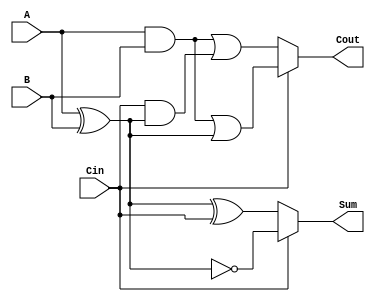
module ConditionalSumFullAdder (
    input wire A,      // First binary input
    input wire B,      // Second binary input
    input wire Cin,    // Carry input from the previous stage
    output wire Sum,   // Sum output
    output wire Cout   // Carry output for the next stage
);

    // Intermediate signals for the two potential sums and carry outputs
    wire Sum0, Sum1;
    wire Cout0, Cout1;

    // Calculate Sum0 and Cout0 assuming no carry from previous addition
    assign Sum0 = A ^ B ^ Cin; // Sum0 = A XOR B XOR Cin
    assign Cout0 = (A & B) | (Cin & (A ^ B)); // Cout0 = (A AND B) OR (Cin AND (A XOR B))

    // Calculate Sum1 and Cout1 assuming carry from previous addition
    assign Sum1 = A ^ B ^ 1'b1; // Sum1 = A XOR B XOR 1
    assign Cout1 = (A & B) | ((A ^ B) & 1'b1); // Cout1 = (A AND B) OR ((A XOR B) AND 1)

    // Select the final Sum and Cout based on the value of Cin
    assign Sum = (Cin == 1'b0) ? Sum0 : Sum1; // If Cin is 0, use Sum0; otherwise use Sum1
    assign Cout = (Cin == 1'b0) ? Cout0 : Cout1; // If Cin is 0, use Cout0; otherwise use Cout1

endmodule